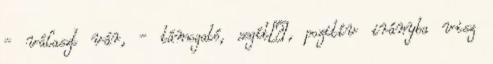
- választ vár, - támogató, segítı, pozitív irányba visz